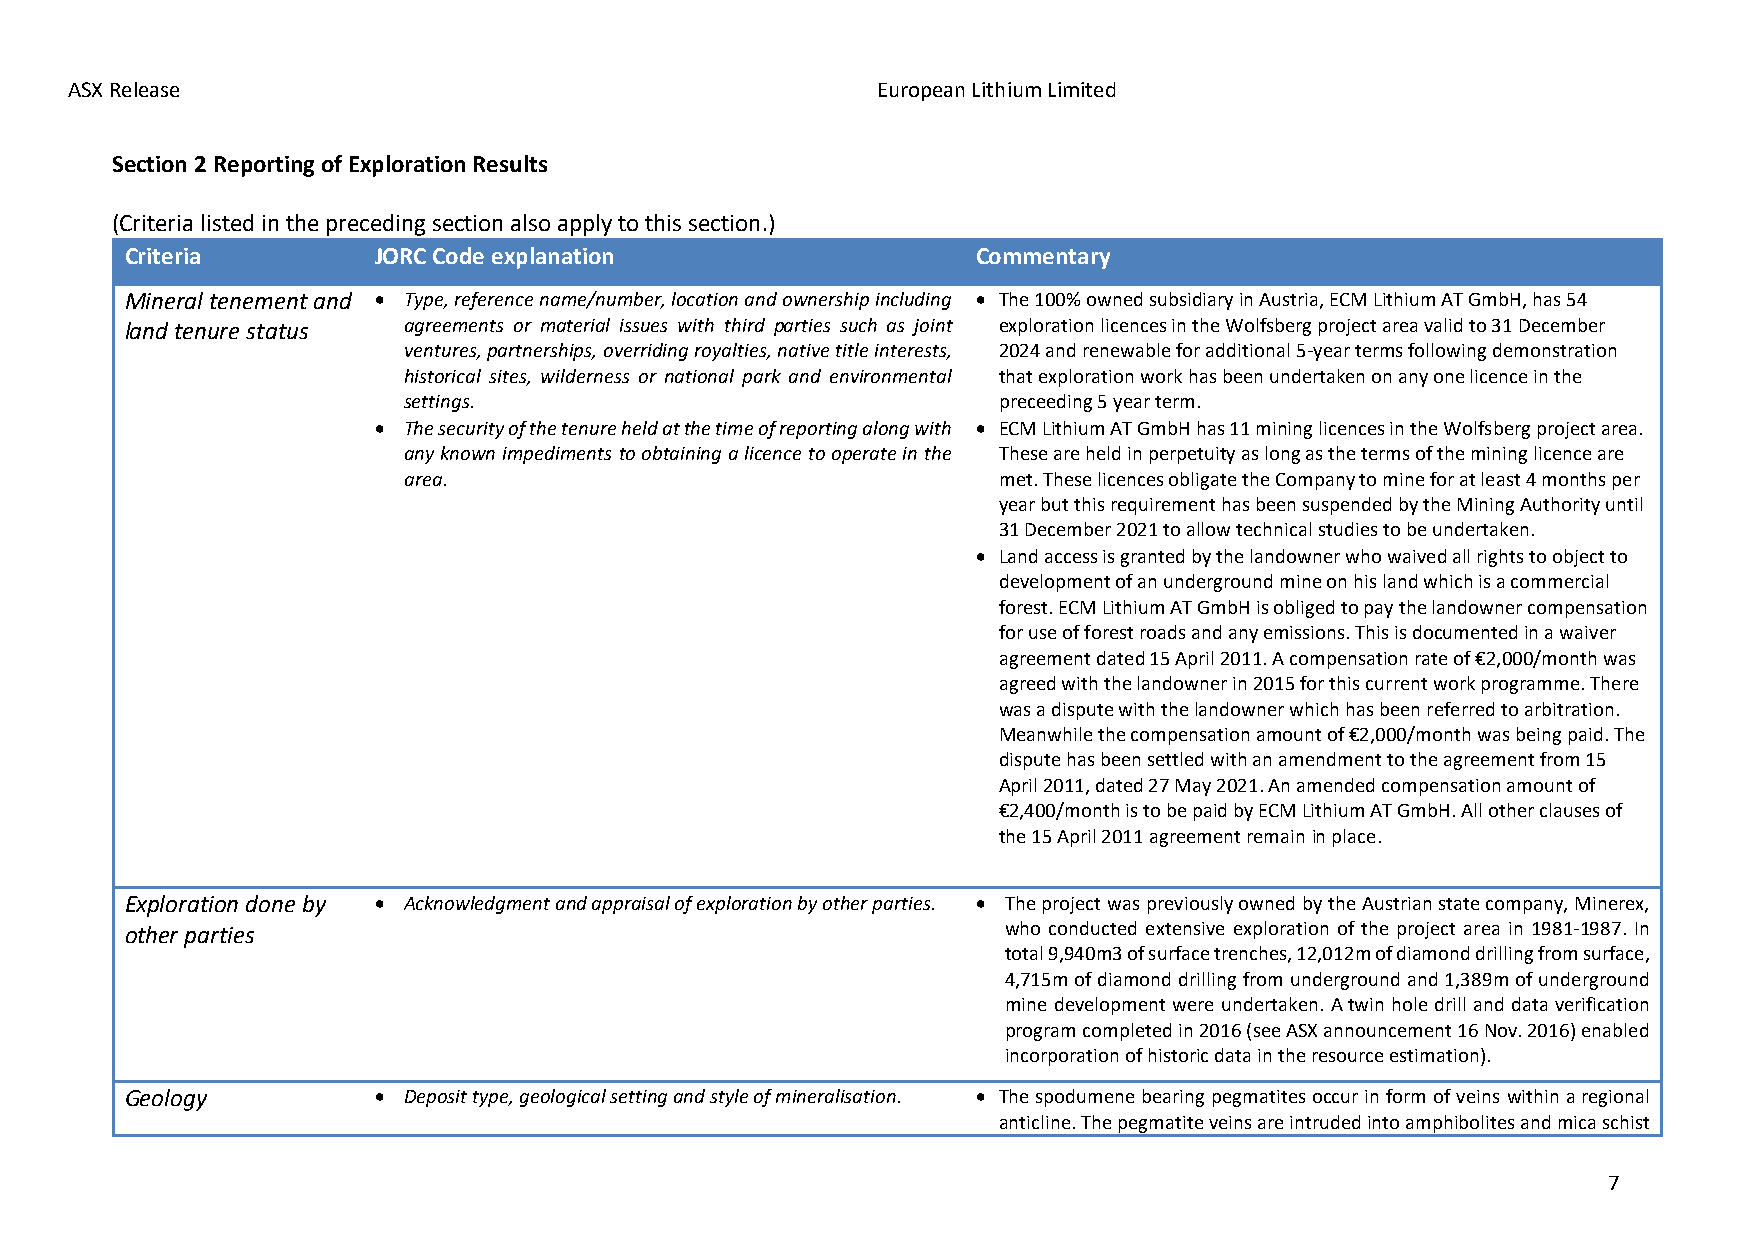
ASX Release                                           European Lithium Limited
 Section 2 Reporting of Exploration Results
 (Criteria listed in the preceding section also apply to this section.)
 Criteria         JORC Code explanation                   Commentary
 Mineral tenement and • Type, reference name/number, location and ownership including • The 100% owned subsidiary in Austria, ECM Lithium AT GmbH, has 54
 land tenure status agreements or material issues with third parties such as joint exploration licences in the Wolfsberg project area valid to 31 December
 ventures, partnerships, overriding royalties, native title interests, 2024 and renewable for additional 5-year terms following demonstration
 historical sites, wilderness or national park and environmental that exploration work has been undertaken on any one licence in the
 settings.                              preceeding 5 year term.
 • The security of the tenure held at the time of reporting along with • ECM Lithium AT GmbH has 11 mining licences in the Wolfsberg project area.
 any known impediments to obtaining a licence to operate in the These are held in perpetuity as long as the terms of the mining licence are
 area.                                  met. These licences obligate the Company to mine for at least 4 months per
 year but this requirement has been suspended by the Mining Authority until
 31 December 2021 to allow technical studies to be undertaken.
 • Land access is granted by the landowner who waived all rights to object to
 development of an underground mine on his land which is a commercial
 forest. ECM Lithium AT GmbH is obliged to pay the landowner compensation
 for use of forest roads and any emissions. This is documented in a waiver
 agreement dated 15 April 2011. A compensation rate of €2,000/month was
 agreed with the landowner in 2015 for this current work programme. There
 was a dispute with the landowner which has been referred to arbitration.
 Meanwhile the compensation amount of €2,000/month was being paid. The
 dispute has been settled with an amendment to the agreement from 15
 April 2011, dated 27 May 2021. An amended compensation amount of
 €2,400/month is to be paid by ECM Lithium AT GmbH. All other clauses of
 the 15 April 2011 agreement remain in place.
 Exploration done by • Acknowledgment and appraisal of exploration by other parties. • The project was previously owned by the Austrian state company, Minerex,
 other parties                                              who conducted extensive exploration of the project area in 1981-1987. In
 total 9,940m3 of surface trenches, 12,012m of diamond drilling from surface,
 4,715m of diamond drilling from underground and 1,389m of underground
 mine development were undertaken. A twin hole drill and data verification
 program completed in 2016 (see ASX announcement 16 Nov. 2016) enabled
 incorporation of historic data in the resource estimation).
 Geology          • Deposit type, geological setting and style of mineralisation. • The spodumene bearing pegmatites occur in form of veins within a regional
 anticline. The pegmatite veins are intruded into amphibolites and mica schist
 7